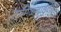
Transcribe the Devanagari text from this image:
तामिळनाडुतील